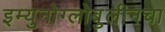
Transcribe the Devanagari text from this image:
इम्युनोग्लोबुलीनचा